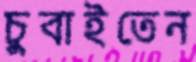
চুবাইতেন